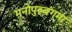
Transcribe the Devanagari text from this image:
मनोपुब्बंगमा